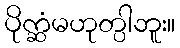
ပိုက္ဆံမဟုတ္ပါဘူး။